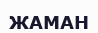
ЖАМАН